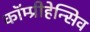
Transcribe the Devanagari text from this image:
कॉम्प्रीहेन्सिव